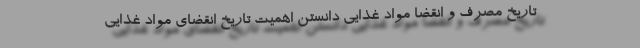
تاریخ مصرف و انقضا مواد غذایی دانستن اهمیت تاریخ انقضای مواد غذایی